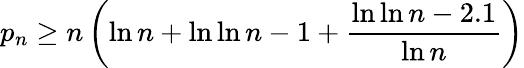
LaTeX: p_{n}\geq n\left(\ln n+\ln\ln n-1+{\frac{\ln\ln n-2.1}{\ln n}}\right)